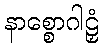
နာစ္စောဂါဠှံ